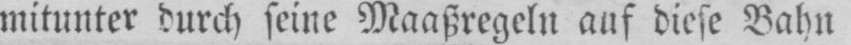
mitunter durch seine Maaßregeln auf diese Bahn